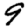
Digit: 9